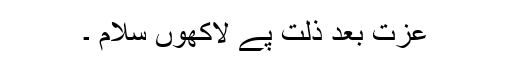
عزت بعد ذلت پے لاکھوں سلام ۔